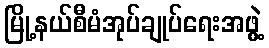
မြို့နယ်စီမံအုပ်ချုပ်ရေးအဖွဲ့